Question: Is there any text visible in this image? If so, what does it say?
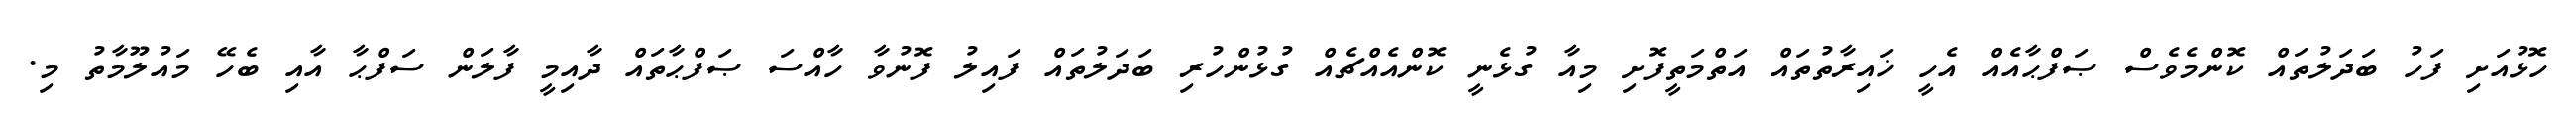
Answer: ހޮޅުއަށި ފަހު ބަދަލުތައް ކޮންމެވެސް ޞަފްޙާއެއް އެހީ ޚައިރާތުތައް އަތްމަތީފޮށި މިއާ ގުޅެނީ ކޮންއެއްޗެއް ގުޅުންހުރި ބަދަލުތައް ފައިލު ފޮނުވާ ހާއްސަ ޞަފްޙާތައް ދާއިމީ ފާލަން ސަފްޙާ އާއި ބެހޭ މައުލޫމާތު މި.